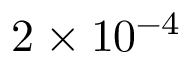
2 \times 1 0 ^ { - 4 }